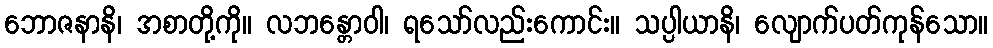
ဘောဇနာနိ၊ အစာတို့ကို။ လဘန္တောဝါ၊ ရသော်လည်းကောင်း။ သပ္ပါယာနိ၊ လျောက်ပတ်ကုန်သော။